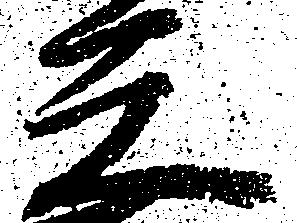
元